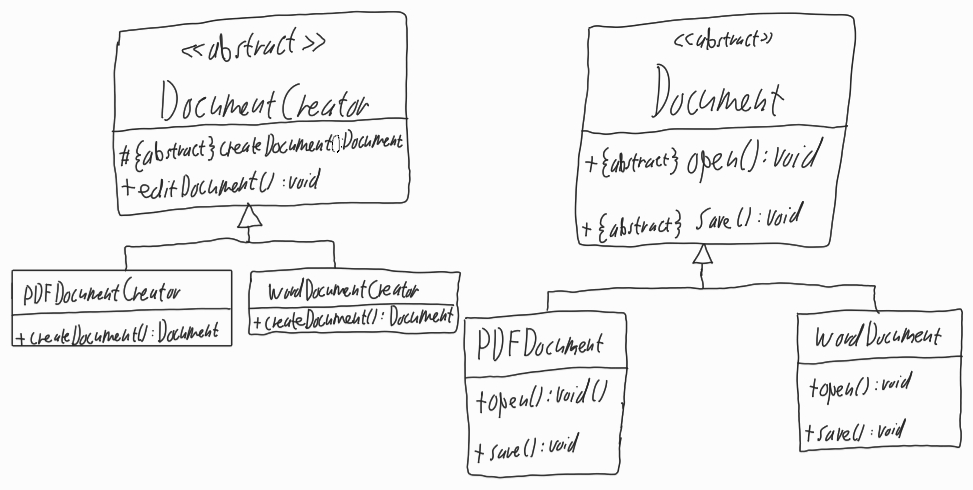
Diagram type: class_diagram
```plantuml
@startuml

abstract DocumentCreator {
  # {abstract} createDocument(): Document
  + editDocument(): void
}

class PDFDocumentCreator extends DocumentCreator {
  + createDocument(): Document
}

class WordDocumentCreator extends DocumentCreator {
  + createDocument(): Document
}

abstract Document {
  + {abstract} open(): void
  + {abstract} save(): void
}

class PDFDocument extends Document {
  + open(): void
  + save(): void
}

class WordDocument extends Document {
  + open(): void
  + save(): void
}

@enduml
```